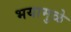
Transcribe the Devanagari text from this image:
भयामुळे